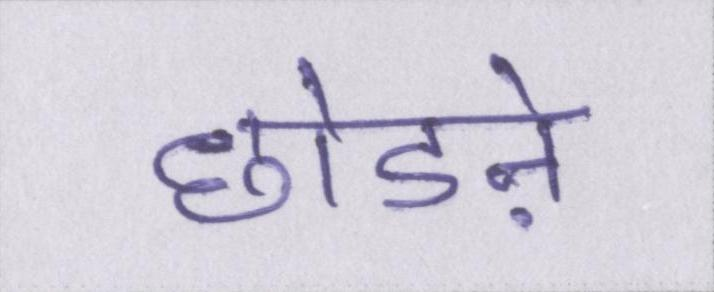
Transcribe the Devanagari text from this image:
छोडऩे